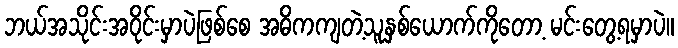
ဘယ်အသိုင်းအဝိုင်းမှာပဲဖြစ်စေ အဓိကကျတဲ့သူနှစ်ယောက်ကိုတော့ မင်းတွေ့ရမှာပဲ။